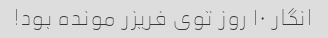
انگار ۱۰ روز توی فریزر مونده بود!